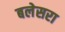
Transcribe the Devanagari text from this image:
बलेसरा